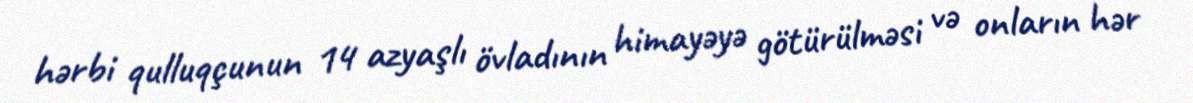
hərbi qulluqçunun 14 azyaşlı övladının himayəyə götürülməsi və onların hər